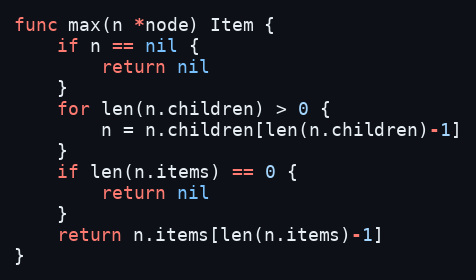
Language: Go
func max(n *node) Item {
	if n == nil {
		return nil
	}
	for len(n.children) > 0 {
		n = n.children[len(n.children)-1]
	}
	if len(n.items) == 0 {
		return nil
	}
	return n.items[len(n.items)-1]
}